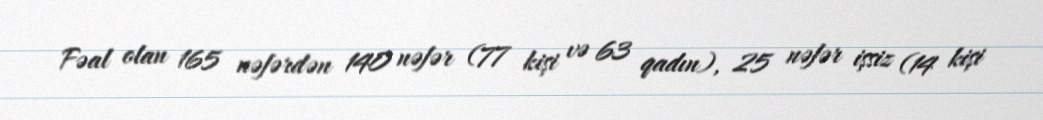
Fəal olan 165 nəfərdən 140 nəfər (77 kişi və 63 qadın), 25 nəfər işsiz (14 kişi